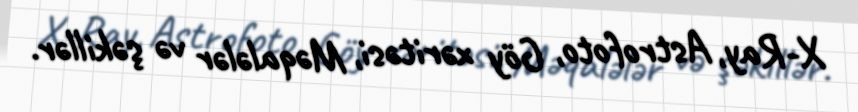
X-Ray, Astrofoto, Göy xəritəsi, Məqalələr və şəkillər.